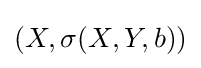
(X,\sigma (X,Y,b))